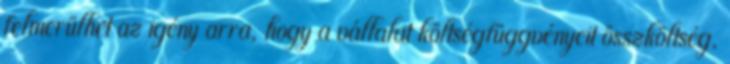
felmerülhet az igény arra, hogy a vállalat költségfüggvényeit összköltség,